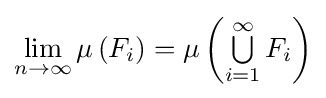
\lim _{n\to \infty }\mu \left(F_{i}\right)=\mu \left(\textstyle \bigcup \limits _{i=1}^{\infty }F_{i}\right)